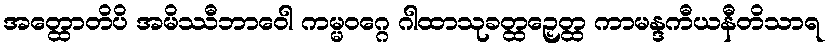
အတ္ထောတိပိ အမိဿီဘာဝေါ ကမ္မဝဂ္ဂေ ဂါထာသုခတ္ထဉှေတ္ထ ကာမန္ဒကီယနီတိသာရ